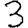
Digit: 3